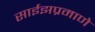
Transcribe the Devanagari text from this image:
साईझप्रमाणे